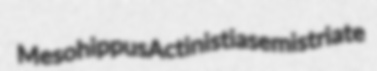
Mesohippus Actinistia semistriate